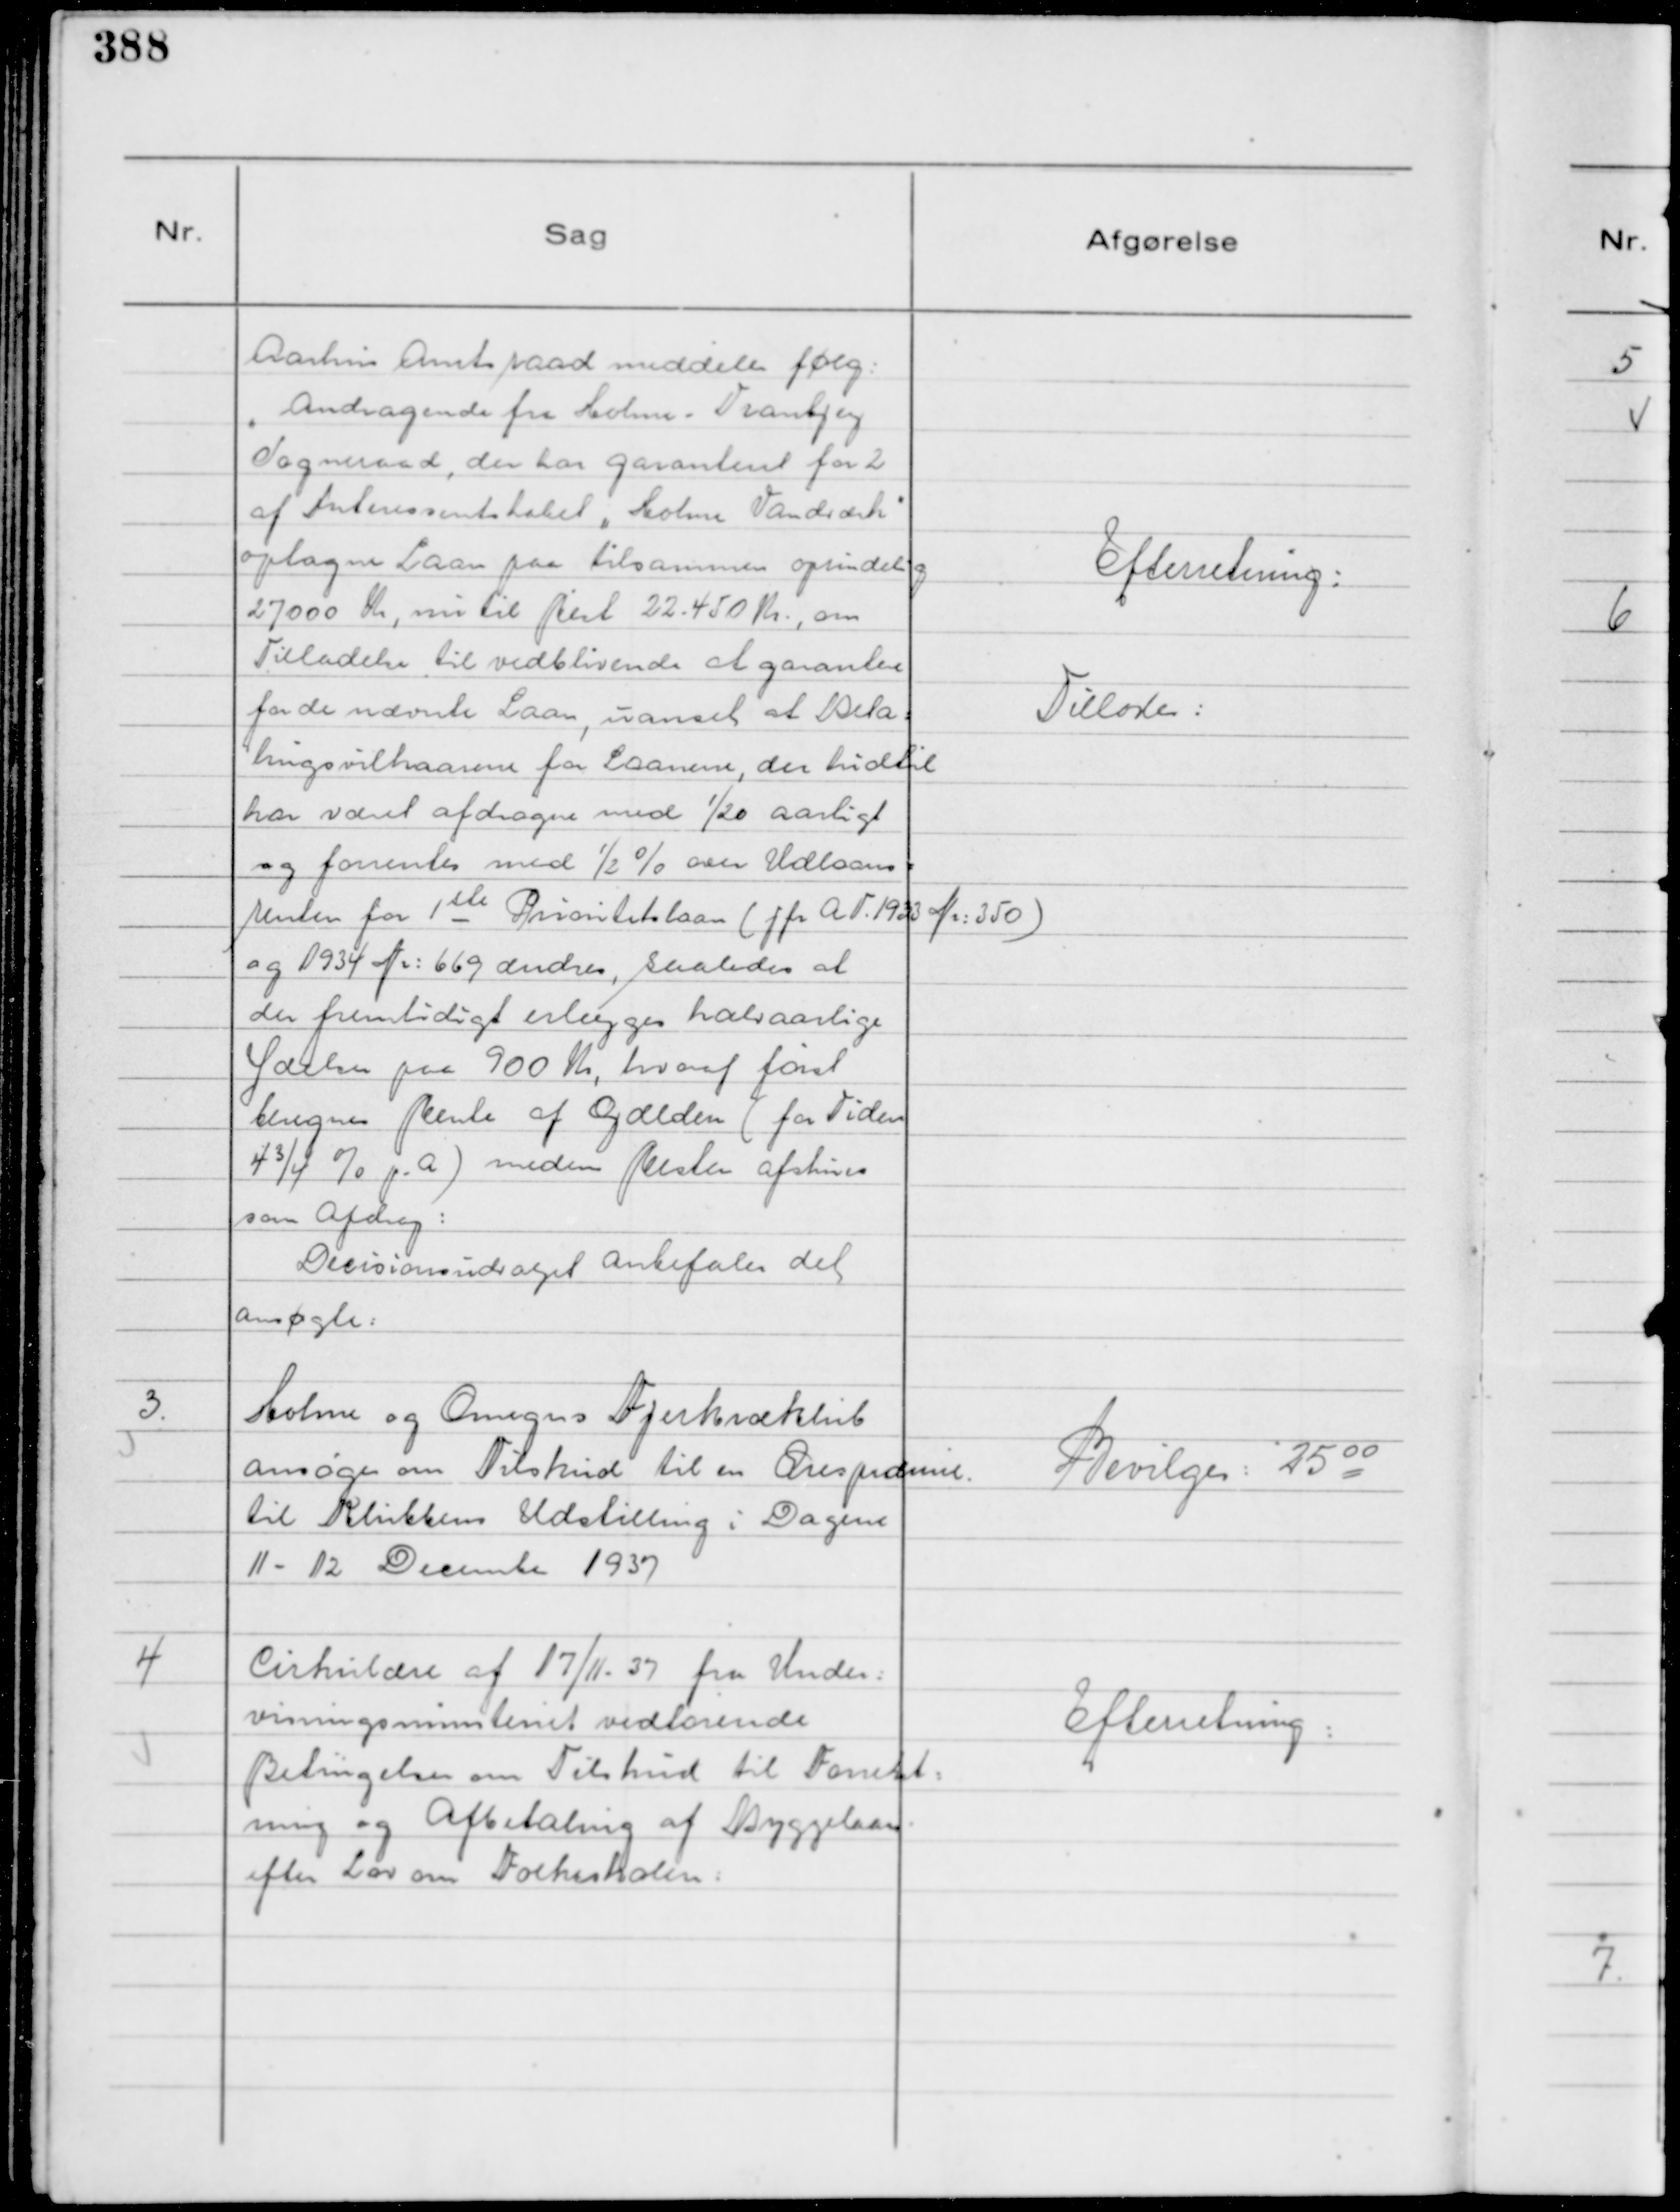
Transskription:
Aarhus Amtsraad meddeler følg:
"Andragende fra Holme - Tranbjerg
Sogneraad, der har garanteret for 2
af Interessentskabet "Holme Vandværk"
optagne Laan paa tilsammen oprindelig
27000 Kr, nu til Rest 22.450 Kr., om
Tilladelse til vedblivende at garantere
for de nævnte Laan, uanset at Beta=
lingsvilkaarene for Laanene, der hidtil
har været afdragne med 1/20 aarligt
og forrentes med ½ % over Udlaans=
renten for 1 ste Prioritetslaan ( J fr A T. 1933 Nr. 350 )
og 1934 Nr: 669 ændres, saaledes at
der fremtidigt erlægges halvaarlige
Ydelser paa 900 Kr, hvoraf først
beregnes Rente af Gælden ( for Tiden
4¾% p. A ) medens Resten afskrives
som Afdrag:
Decisionsudvalget anbefaler det
ansøgte:

Efterretning:
Tillodes:

3
Holme og Omegns Fjerkræklub
ansøger om Tilskud til en Ærespræmie .
til Klubbens Udstilling i Dagene
11 - 12 December 1937

Bevilges: 25 00

4
Cirkulære af 17/11 - 37 fra Under:
visningsministeriet vedrørende
Betingelser om Tilskud til Forrent:
ning og Afbetaling af Byggelaan
efter Lov om Folkeskolen:

Efterretning: